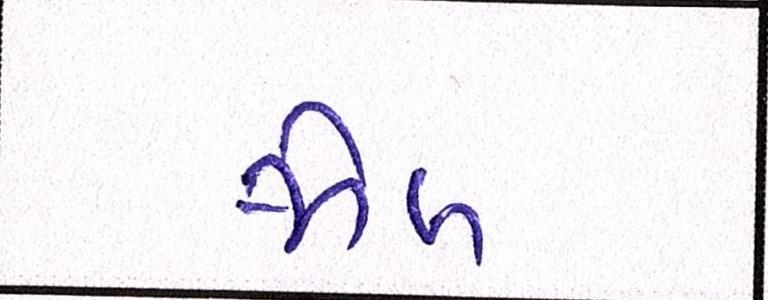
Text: જોબ